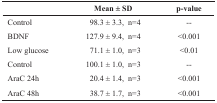
|  | Mean ± SD | p-value |
 | --- | --- | --- |
 | Control | 98.3 ± 3.3, n=4 | -- |
 | BDNF | 127.9 ± 9.4, n=4 | <0.001 |
 | Low glucose | 71.1 ± 1.0, n=3 | <0.01 |
 | Control | 100.1 ± 1.0, n=3 | -- |
 | AraC 24h | 20.4 ± 1.4, n=3 | <0.001 |
 | AraC 48h | 38.7 ± 1.7, n=3 | <0.001 |